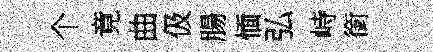
个竟曲伋腸愐弘峙銜